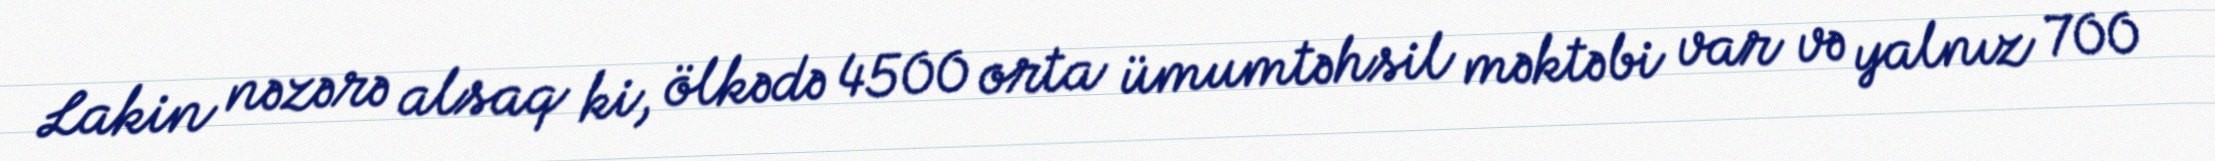
Lakin nəzərə alsaq ki, ölkədə 4500 orta ümumtəhsil məktəbi var və yalnız 700